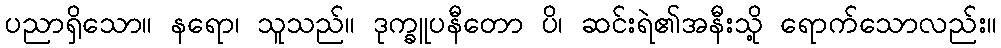
ပညာရှိသော။ နရော၊ သူသည်။ ဒုက္ခူပနီတော ပိ၊ ဆင်းရဲ၏အနီးသို့ ရောက်သောလည်း။